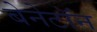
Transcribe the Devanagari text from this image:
बेनेटॉन